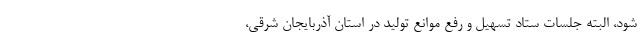
شود، البته جلسات ستاد تسهیل و رفع موانع تولید در استان آذربایجان شرقی،